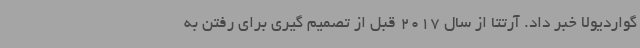
گواردیولا خبر داد. آرتتا از سال 2017 قبل از تصمیم گیری برای رفتن به